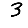
Digit: 3